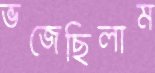
ভজেছিলাম